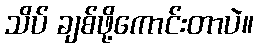
သိပ် ချစ်ဖို့ကောင်းတာပဲ။